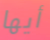
أيها